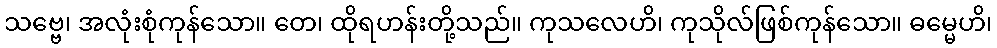
သဗ္ဗေ၊ အလုံးစုံကုန်သော။ တေ၊ ထိုရဟန်းတို့သည်။ ကုသလေဟိ၊ ကုသိုလ်ဖြစ်ကုန်သော။ ဓမ္မေဟိ၊